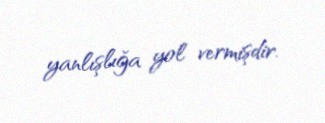
yanlışlığa yol vermişdir.